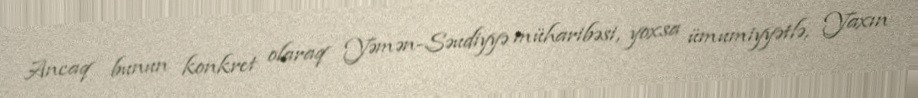
Ancaq bunun konkret olaraq Yəmən-Səudiyyə müharibəsi, yoxsa ümumiyyətlə, Yaxın